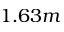
1 . 6 3 m